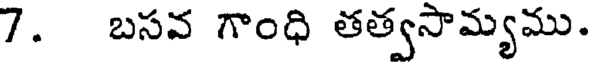
7. బసవ గాంధి తత్వసామ్యము.